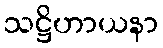
သဋ္ဌိဟာယနာ